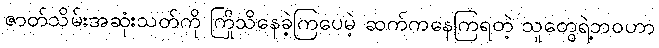
ဇာတ်သိမ်းအဆုံးသတ်ကို ကြိုသိနေခဲ့ကြပေမဲ့ ဆက်ကနေကြရတဲ့ သူတွေရဲ့ဘဝဟာ